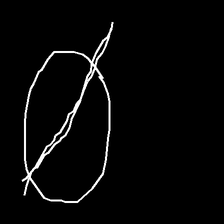
Glyph: orb